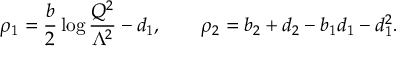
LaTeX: \rho _ { 1 } = \frac { b } { 2 } \log \frac { Q ^ { 2 } } { \Lambda ^ { 2 } } - d _ { 1 } , \qquad \rho _ { 2 } = b _ { 2 } + d _ { 2 } - b _ { 1 } d _ { 1 } - d _ { 1 } ^ { 2 } .